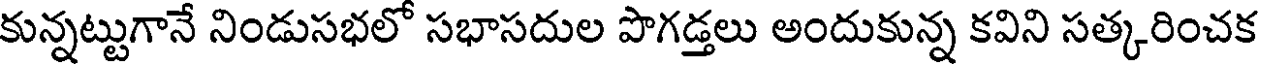
కున్నట్టుగానే నిండుసభలో సభాసదుల పొగడ్తలు అందుకున్న కవిని సత్కరించక